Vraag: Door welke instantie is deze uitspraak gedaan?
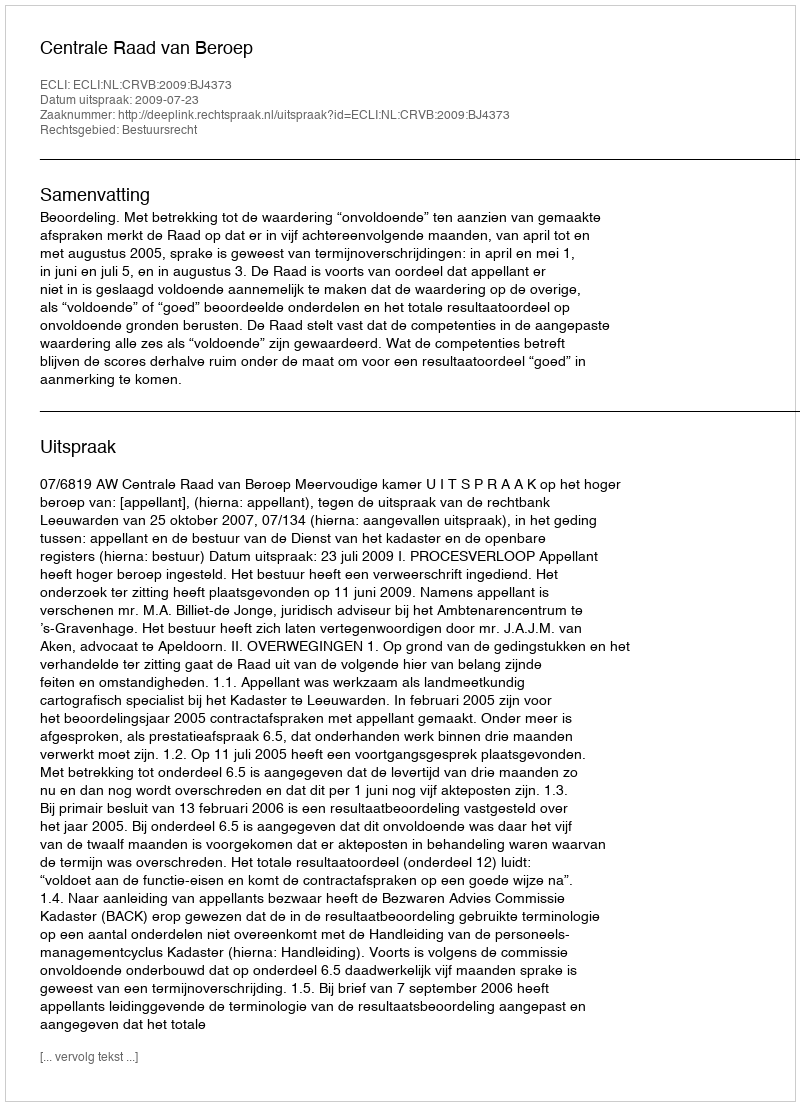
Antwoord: Centrale Raad van Beroep